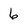
Character: 6